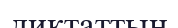
диктаттың